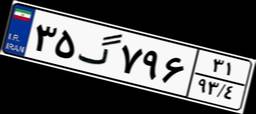
۳۵گ۷۹۶۳۱